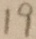
1 9